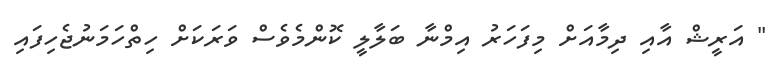
" އަރީޝް އާއި ދިމާއަށް މިފަހަރު އިމްނާ ބަލާލީ ކޮންމެވެސް ވަރަކަށް ހިތްހަމަނުޖެހިފައި